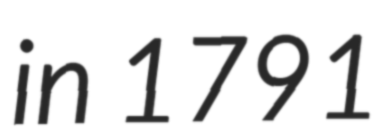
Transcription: in 1791